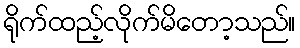
ရိုက်ထည့်လိုက်မိတော့သည်။